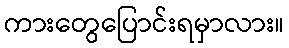
ကားတွေပြောင်းရမှာလား။